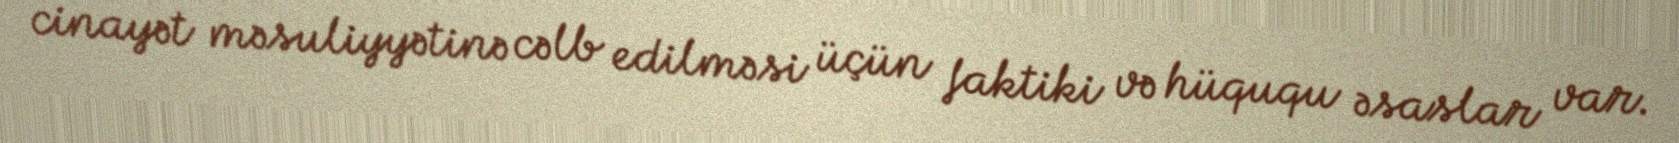
cinayət məsuliyyətinə cəlb edilməsi üçün faktiki və hüququ əsaslar var.